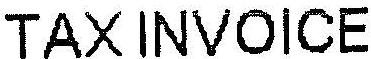
TAX INVOICE